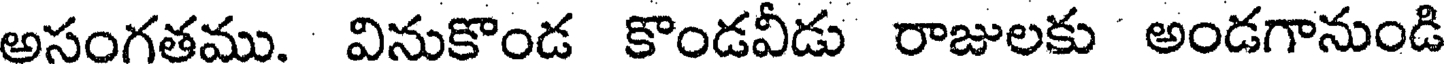
అసంగతము. వినుకొండ కొండవీడు రాజులకు ' అండగానుండి